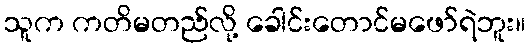
သူက ကတိမတည်လို့ ခေါင်းတောင်မဖော်ရဲဘူး။